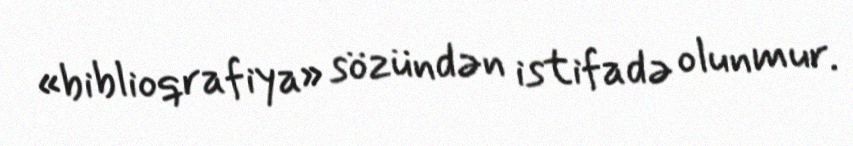
«biblioqrafiya» sözündən istifadə olunmur.